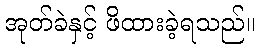
အုတ်ခဲနှင့် ဖိထားခဲ့ရသည်။